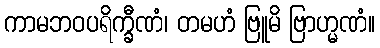
ကာမဘဝပရိက္ခီဏံ၊ တမဟံ ဗြူမိ ဗြာဟ္မဏံ။